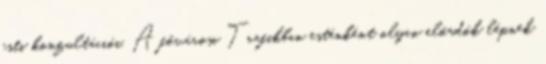
esti konzultációi. A fővárosi Trafikban esténként olyan előadók lépnek